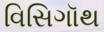
વિસિગૉથ